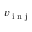
v _ { \textrm { i n j } }